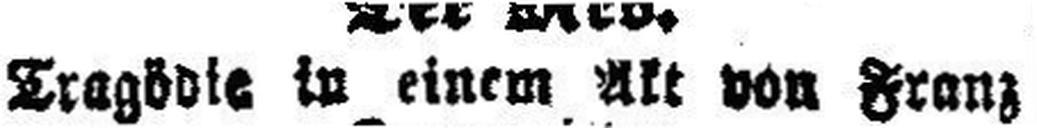
Tragödie in einem Akt von Franz